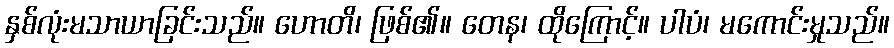
နှစ်လုံးမသာယာခြင်းသည်။ ဟောတိ၊ ဖြစ်၏။ တေန၊ ထိုကြောင့်။ ပါပံ၊ မကောင်းမှုသည်။